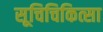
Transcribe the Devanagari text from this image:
सूचिचिकित्सा